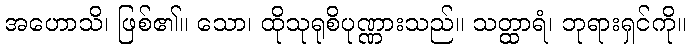
အဟောသိ၊ ဖြစ်၏။ သော၊ ထိုသုရုစိပုဏ္ဏားသည်။ သတ္ထာရံ၊ ဘုရားရှင်ကို။